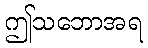
ဤသဘောအရ